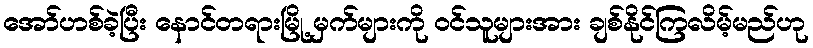
အော်ဟစ်ခဲ့ပြီး နောင်တရားမြို့ မှက်များကို ဝင်သူများအား ချစ်နိုင်ကြလိမ့်မည်ဟု